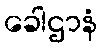
ခေါဌာနံ